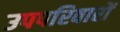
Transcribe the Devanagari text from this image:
उपपरिवारों